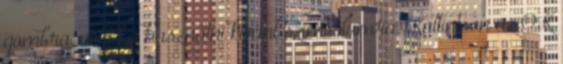
gombra, majd a használni kívánt szimbólumra. Kattintson az OK